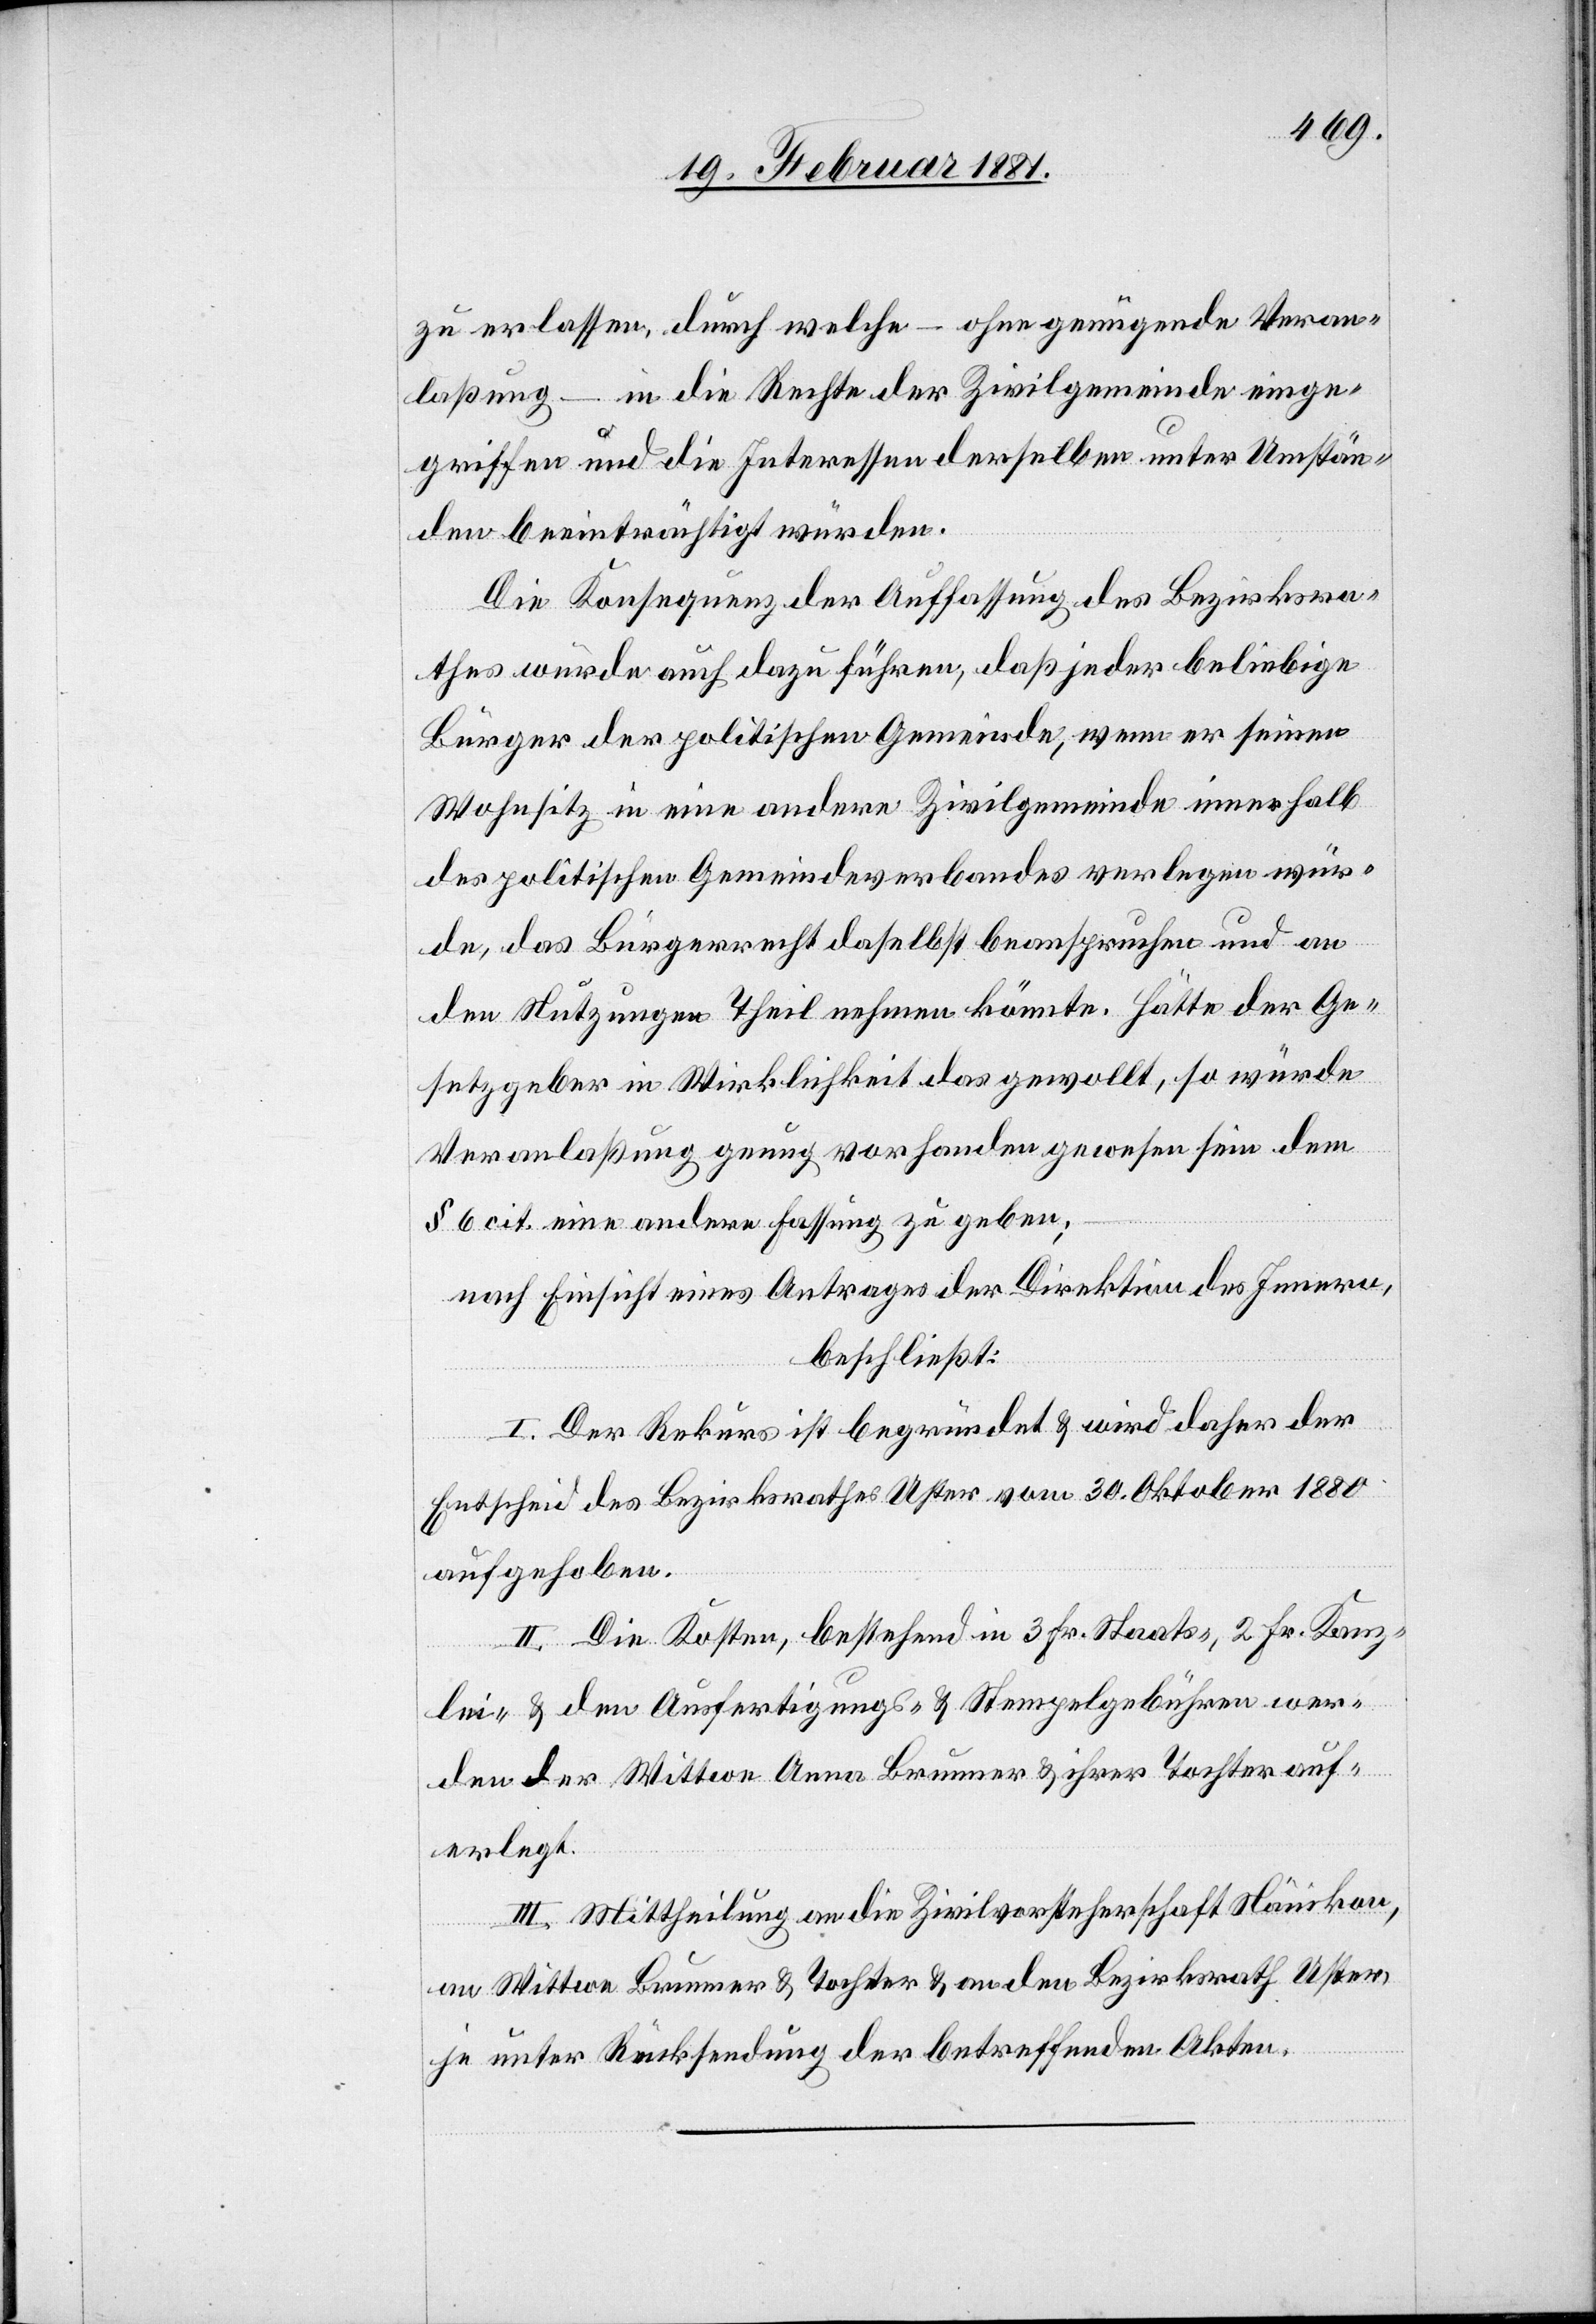
zu erlassen durch welche – ohne genügende Veran¬
laßung – in die Rechte der Zivilgemeinde einge¬
griffen und die Interessen derselben unter Umstän¬
den beeinträchtigt würden.
Die Konsequenz der Auffassung des Bezirksra¬
thes würde auch dazu führen, daß jeder beliebige
Bürger der politischen Gemeinde, wenn er seinen
Wohnsitz in eine andere Zivilgemeinde innerhalb
der politischen Gemeindeverbandes verlegen wür¬
de, das Bürgerrecht daselbst beanspruchen und an
den Nutzungen Theil nehmen könnte. Hätte der Ge¬
setzgeber in Wirklichkeit das gewollt, so würde
Veranlaßung genug vorhanden gewesen sein dem
§ 6 cit. eine andere Fassung zu geben;
nach Einsicht eines Antrages der Direktion des Innern,
beschließt:
I. Der Rekurs ist begründet & wird daher der
Entscheid des Bezirksrathes Uster vom 30. Oktober 1880
aufgehoben.
II. Die Kosten, bestehend in 3 Fr. Staats-, 2 Fr. Kanz¬
lei- & den Ausfertigungs- & Stempelgebühren wer¬
den der Wittwe Anna Brunner & ihrer Tochter auf¬
erlegt.
III. Mittheilung an die Zivilvorsteherschaft Nänikon,
an Wittwe Brunner & Tochter an den Bezirksrath Uster,
je unter Rücksendung der betreffenden Akten.